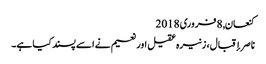
کنعان, ‏8 فروری 2018
ناصر إقبال، زنیرہ عقیل اور نعیم نے اسے پسند کیا ہے۔